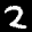
Label: 2